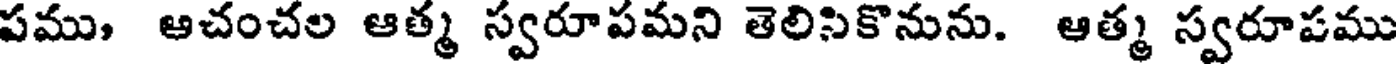
పము ఆచంచల ఆత్మ స్వరూపమని తెలిసికొనును. ఆత్మ స్వరూపము